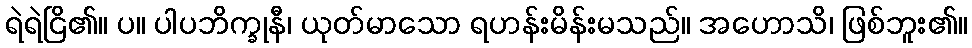
ရဲရဲငြိ၏။ ပ။ ပါပဘိက္ခုနီ၊ ယုတ်မာသော ရဟန်းမိန်းမသည်။ အဟောသိ၊ ဖြစ်ဘူး၏။